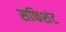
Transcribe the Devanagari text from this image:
सफिशंट